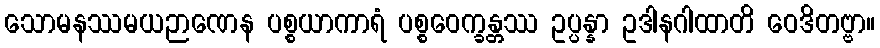
သောမနဿမယဉာဏေန ပစ္စယာကာရံ ပစ္စဝေက္ခန္တဿ ဥပ္ပန္နာ ဥဒါနဂါထာတိ ဝေဒိတဗ္ဗာ။